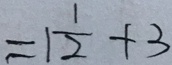
= 1 \frac { 1 } { 2 } + 3